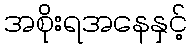
အစိုးရအနေနှင့်